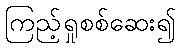
ကြည့်ရှုစစ်ဆေး၍